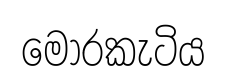
මොරකැටිය